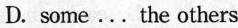
D. some...he others